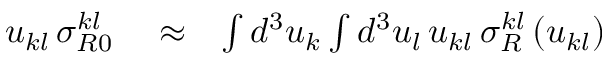
\begin{array} { r l r } { u _ { k l } \, \sigma _ { R 0 } ^ { k l } } & { { } \approx } & { \int d ^ { 3 } u _ { k } \int d ^ { 3 } u _ { l } \, u _ { k l } \, \sigma _ { R } ^ { k l } \left( u _ { k l } \right) } \end{array}